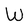
Character: W